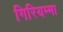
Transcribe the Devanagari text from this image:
गिरियम्मा